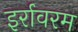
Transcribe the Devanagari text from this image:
इर्रावरम